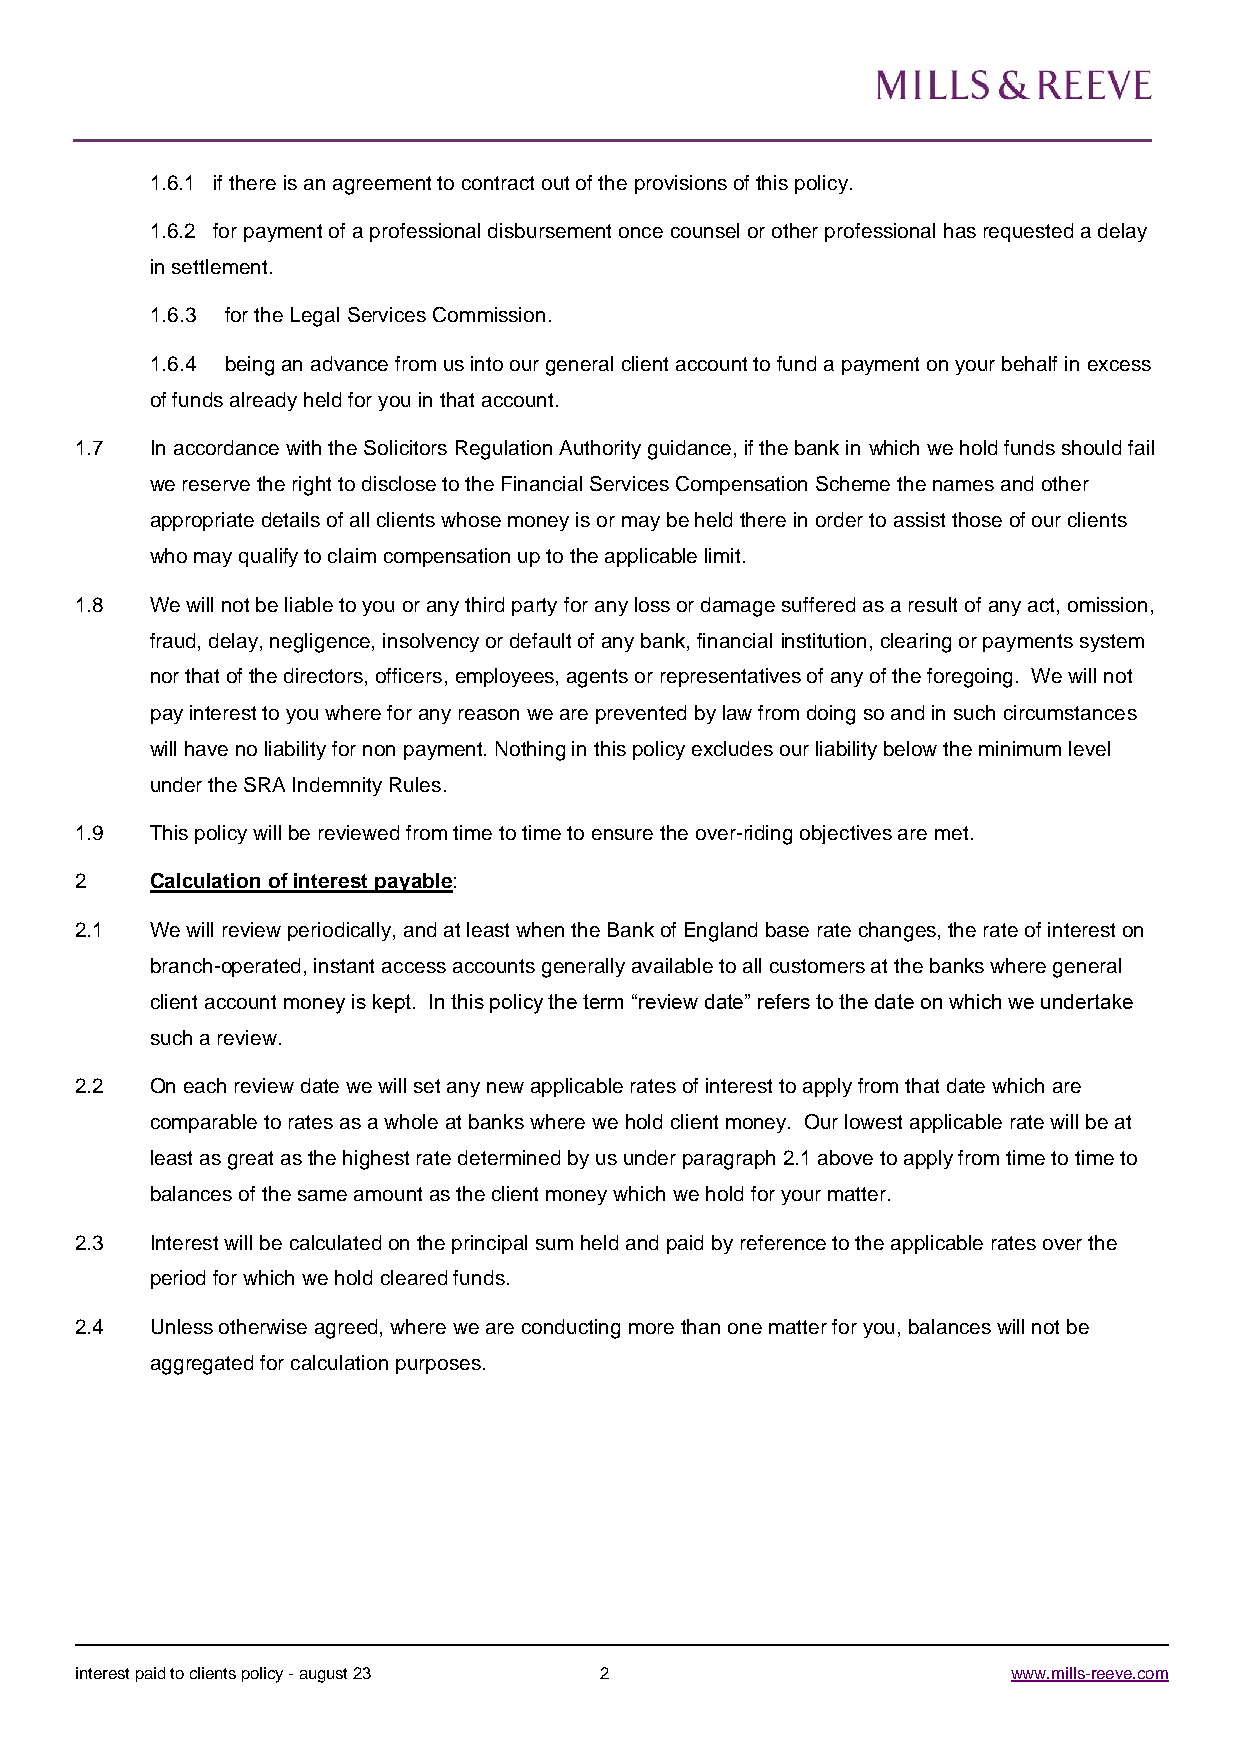
1.6.1 if there is an agreement to contract out of the provisions of this policy.
 1.6.2 for payment of a professional disbursement once counsel or other professional has requested a delay
 in settlement.
 1.6.3 for the Legal Services Commission.
 1.6.4 being an advance from us into our general client account to fund a payment on your behalf in excess
 of funds already held for you in that account.
 1.7  In accordance with the Solicitors Regulation Authority guidance, if the bank in which we hold funds should fail
 we reserve the right to disclose to the Financial Services Compensation Scheme the names and other
 appropriate details of all clients whose money is or may be held there in order to assist those of our clients
 who may qualify to claim compensation up to the applicable limit.
 1.8  We will not be liable to you or any third party for any loss or damage suffered as a result of any act, omission,
 fraud, delay, negligence, insolvency or default of any bank, financial institution, clearing or payments system
 nor that of the directors, officers, employees, agents or representatives of any of the foregoing. We will not
 pay interest to you where for any reason we are prevented by law from doing so and in such circumstances
 will have no liability for non payment. Nothing in this policy excludes our liability below the minimum level
 under the SRA Indemnity Rules.
 1.9  This policy will be reviewed from time to time to ensure the over-riding objectives are met.
 2    Calculation of interest payable:
 2.1  We will review periodically, and at least when the Bank of England base rate changes, the rate of interest on
 branch-operated, instant access accounts generally available to all customers at the banks where general
 client account money is kept. In this policy the term “review date” refers to the date on which we undertake
 such a review.
 2.2  On each review date we will set any new applicable rates of interest to apply from that date which are
 comparable to rates as a whole at banks where we hold client money. Our lowest applicable rate will be at
 least as great as the highest rate determined by us under paragraph 2.1 above to apply from time to time to
 balances of the same amount as the client money which we hold for your matter.
 2.3  Interest will be calculated on the principal sum held and paid by reference to the applicable rates over the
 period for which we hold cleared funds.
 2.4  Unless otherwise agreed, where we are conducting more than one matter for you, balances will not be
 aggregated for calculation purposes.
 interest paid to clients policy - august 23 2                 www.mills-reeve.com